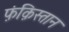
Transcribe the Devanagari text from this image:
फ़ंक़िस्तान